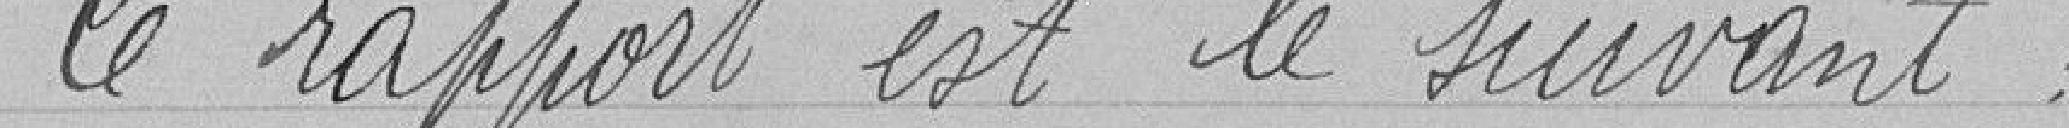
le rapport est le suivant :